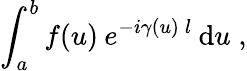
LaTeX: \int_{a}^{b}f(u)\: e^{-i\gamma(u)\: l}\: \mathrm{d}u\; ,